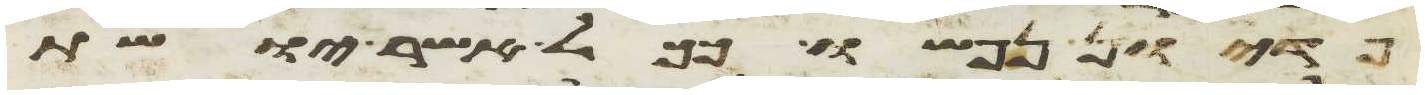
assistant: פדיון נפשו ככל אשר יושת